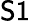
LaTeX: \mathsf{S1}